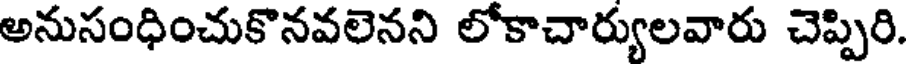
అనుసంధించుకొనవలెనని లోకాచార్యులవారు చెప్పిరి.